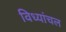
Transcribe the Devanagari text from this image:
विध्यांचल